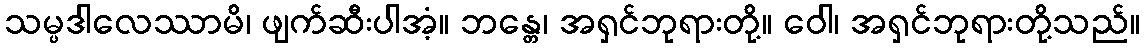
သမ္ပဒါလေဿာမိ၊ ဖျက်ဆီးပါအံ့။ ဘန္တေ၊ အရှင်ဘုရားတို့။ ဝေါ၊ အရှင်ဘုရားတို့သည်။